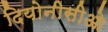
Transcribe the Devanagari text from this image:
दियोनीसीओ